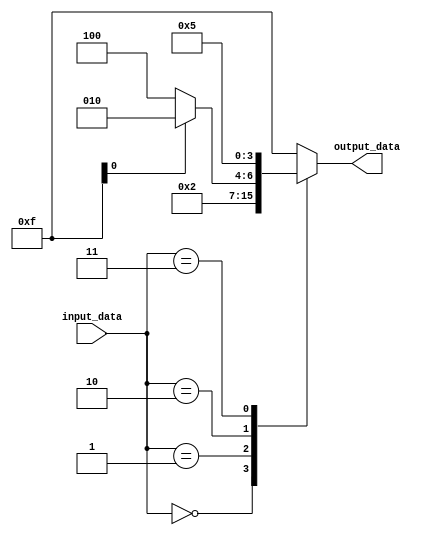
module behavioral_example (
    input wire [2:0] input_data,
    output reg [3:0] output_data
);

always @(input_data) begin
    case (input_data)
        3'b000: output_data <= 4'b0000;
        3'b001: output_data <= 4'b0001;
        3'b010: begin
            if (some_condition) begin
                output_data <= 4'b0010;
            end else begin
                output_data <= 4'b0100;
            end
        end
        3'b011: output_data <= 4'b0101;
        default: output_data <= 4'b1111;
    endcase
end

endmodule